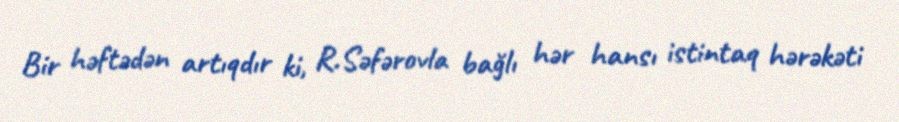
Bir həftədən artıqdır ki, R.Səfərovla bağlı hər hansı istintaq hərəkəti